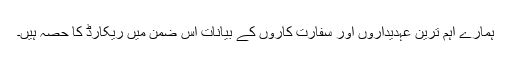
ہمارے اہم ترين عہديداروں اور سفارت کاروں کے بيانات اس ضمن ميں ريکارڈ کا حصہ ہيں۔